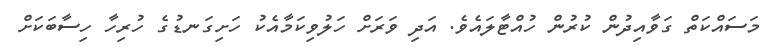
މަސައްކަތް ގަވާއިދުން ކުރުން ހުއްޓާލައެވެ. އަދި ވަރަށް ހަލުވިކަމާއެކު ހަށިގަނޑުގެ ހުރިހާ ހިސާބަކަށް